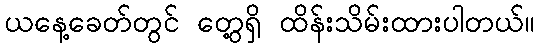
ယနေ့ခေတ်တွင် တွေ့ရှိ ထိန်းသိမ်းထားပါတယ်။